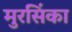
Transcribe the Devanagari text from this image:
मुरसिंका